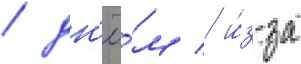
/ дн'ё́м / и́з-за